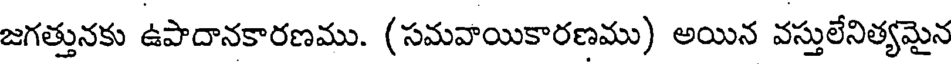
జగత్తునకు ఉపాదానకారణము. (సమవాయికారణము) అయిన వస్తులేనిత్యమైన